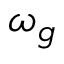
\omega _ { g }